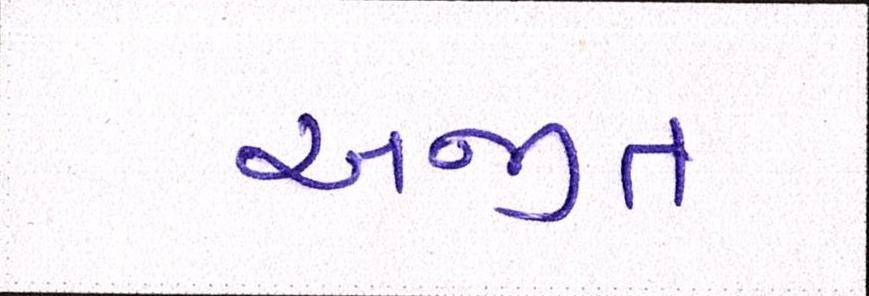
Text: અજીત